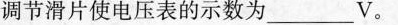
调节滑片使电压表的示数为_______V。